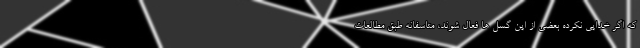
که اگر خدایی نکرده بعضی از این گسل ها فعال شوند، متاسفانه طبق مطالعات